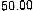
60.00